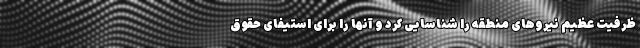
ظرفیت عظیم نیروهای منطقه را شناسایی کرد و آنها را برای استیفای حقوق